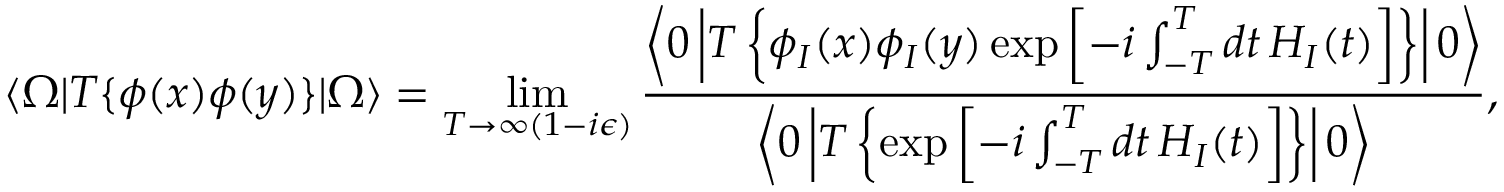
\langle \Omega | T \{ \phi ( x ) \phi ( y ) \} | \Omega \rangle = \operatorname* { l i m } _ { T \to \infty ( 1 - i \epsilon ) } { \frac { \left\langle 0 \left| T \left\{ \phi _ { I } ( x ) \phi _ { I } ( y ) \exp \left[ - i \int _ { - T } ^ { T } d t \, H _ { I } ( t ) \right] \right\} \right| 0 \right\rangle } { \left\langle 0 \left| T \left\{ \exp \left[ - i \int _ { - T } ^ { T } d t \, H _ { I } ( t ) \right] \right\} \right| 0 \right\rangle } } ,